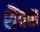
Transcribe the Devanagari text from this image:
शैंक्स